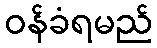
ဝန်ခံရမည်